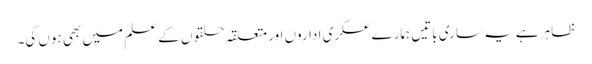
ظاہر ہے یہ ساری باتیں ہمارے عسکری اداروں اور متعلقہ حلقوں کے علم میں بھی ہوں گی۔